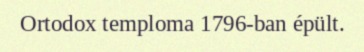
Ortodox temploma 1796-ban épült.